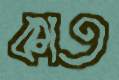
কাত